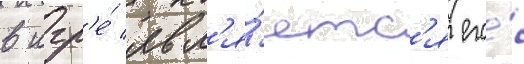
в игр'е́ явл'я́етс'я его́